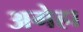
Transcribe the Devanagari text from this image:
अगेहा